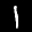
Label: 1